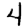
Digit: 4